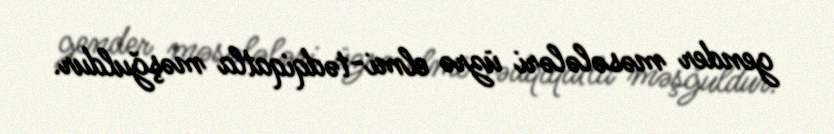
gender məsələləri üzrə elmi-tədqiqatla məşğuldur.